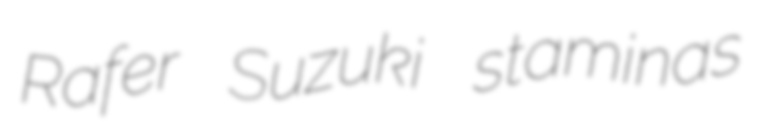
Rafer Suzuki staminas